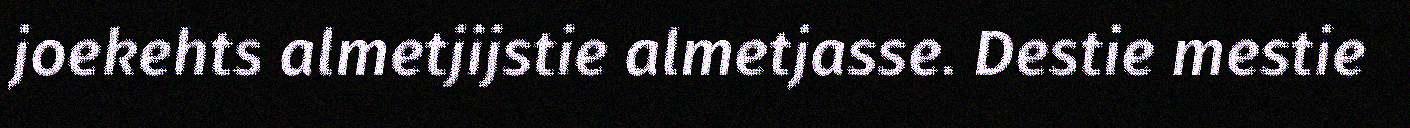
joekehts almetjijstie almetjasse. Destie mestie